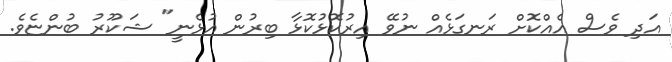
އަދި ވެސް އެއްކޮށް ރަނގަޅެއް ނުވޭ އިރުކޮޅުކޮޅާ ބިރުން އުޅެނީ" ޝަކޫރު ބުންޏެވެ.